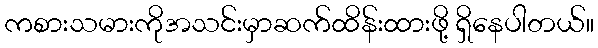
ကစားသမားကိုအသင်းမှာဆက်ထိန်းထားဖို့ ရှိနေပါတယ်။